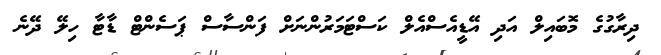
ދިރާގުގެ މޮބައިލް އަދި އޭޑީއެސްއެލް ކަސްޓަމަރުންނަށް ފަންސާސް ޕަސެންޓް ޑާޓާ ހިލޭ ދޭނެ